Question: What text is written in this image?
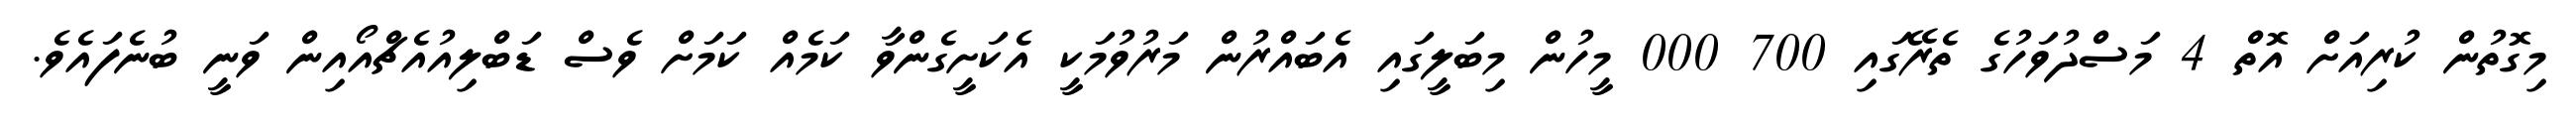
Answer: މިގޮތުން ކުރިއަށް އޮތް 4 މަސްދުވަހުގެ ތެރޭގައި 700 000 މީހުން މިބަލީގައި އެބައްރުން މަރުވުމަކީ އެކަށީގެންވާ ކަމެއް ކަމަށް ވެސް ޑަބްލިއުއެޗްއޯއިން ވަނީ ބުނެފައެވެ.